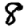
Digit: 8